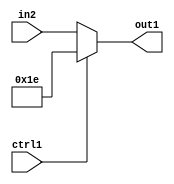
`timescale 1ps / 1ps
/*****************************************************************************
    Verilog RTL Description
    
    
    Created by: Stratus DpOpt 2019.1.01 
*******************************************************************************/

module fix2float_Muxi30u5u1_4_0 (
	in2,
	ctrl1,
	out1
	); /* architecture "behavioural" */ 
input [4:0] in2;
input  ctrl1;
output [4:0] out1;
wire [4:0] asc001;

reg [4:0] asc001_tmp_0;
assign asc001 = asc001_tmp_0;
always @ (ctrl1 or in2) begin
	case (ctrl1)
		1'B1 : asc001_tmp_0 = 5'B11110 ;
		default : asc001_tmp_0 = in2 ;
	endcase
end

assign out1 = asc001;
endmodule

/* CADENCE  uLPzSQA= : u9/ySgnWtBlWxVPRXgAZ4Og= ** DO NOT EDIT THIS LINE ******/